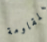
المقاومة